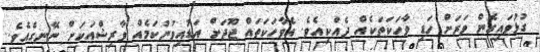
ގުޅުވައިގެން ވަރަށް ހަޑި ވާހަކަތަކެއް ދެއްކިއެވެ. އެވާހަކަތައް ޖޫދަށް އަޑުއިވުނުކަމެއް ވާރިޝްއަކަށް ނޭނގެއެވެ.